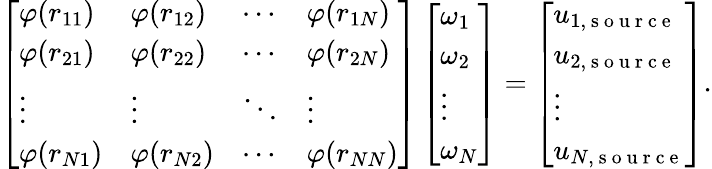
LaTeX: \left[\begin{array}{llll}{\varphi(r_{11})}&{\varphi(r_{12})}&{\cdots}&{\varphi(r_{1N})}\\ {\varphi(r_{21})}&{\varphi(r_{22})}&{\cdots}&{\varphi(r_{2N})}\\ {\vdots}&{\vdots}&{\ddots}&{\vdots}\\ {\varphi(r_{N1})}&{\varphi(r_{N2})}&{\cdots}&{\varphi(r_{NN})}\end{array}\right]\left[\begin{array}{l}{\omega_{1}}\\ {\omega_{2}}\\ {\vdots}\\ {\omega_{N}}\end{array}\right]=\left[\begin{array}{l}{u_{1,\mathrm{~s~o~u~r~c~e~}}}\\ {u_{2,\mathrm{~s~o~u~r~c~e~}}}\\ {\vdots}\\ {u_{N,\mathrm{~s~o~u~r~c~e~}}}\end{array}\right].